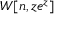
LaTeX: W [ n , z e ^ { z } ]